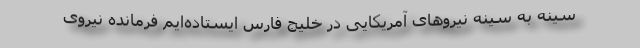
سینه به سینه نیروهای آمریکایی در خلیج فارس ایستاده‌‌ایم فرمانده نیروی